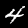
Digit: 4